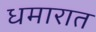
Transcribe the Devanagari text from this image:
धमारात